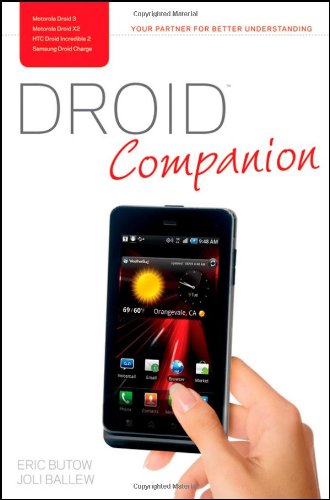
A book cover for Droid Companion; Eric Butow; Computers & Technology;